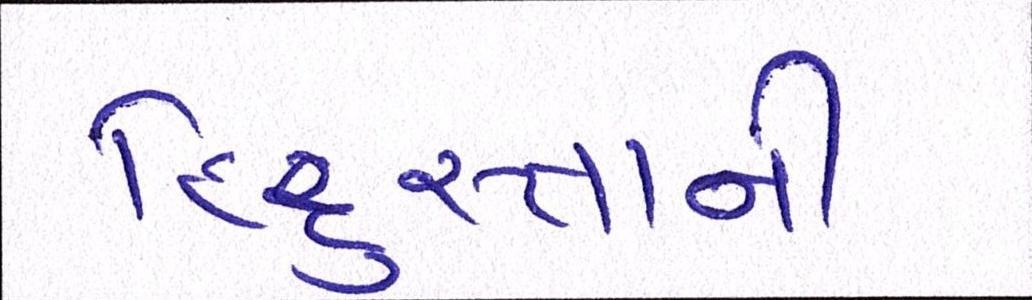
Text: હિંદુસ્તાની